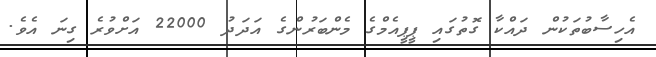
އެހިސާބުތަކުން ދައްކާ ގޮތުގައި ޕީޕީއެމްގެ މެންބަރުންގެ އަދަދު 22000 އަށްވުރެ ގިނަ އެވެ.